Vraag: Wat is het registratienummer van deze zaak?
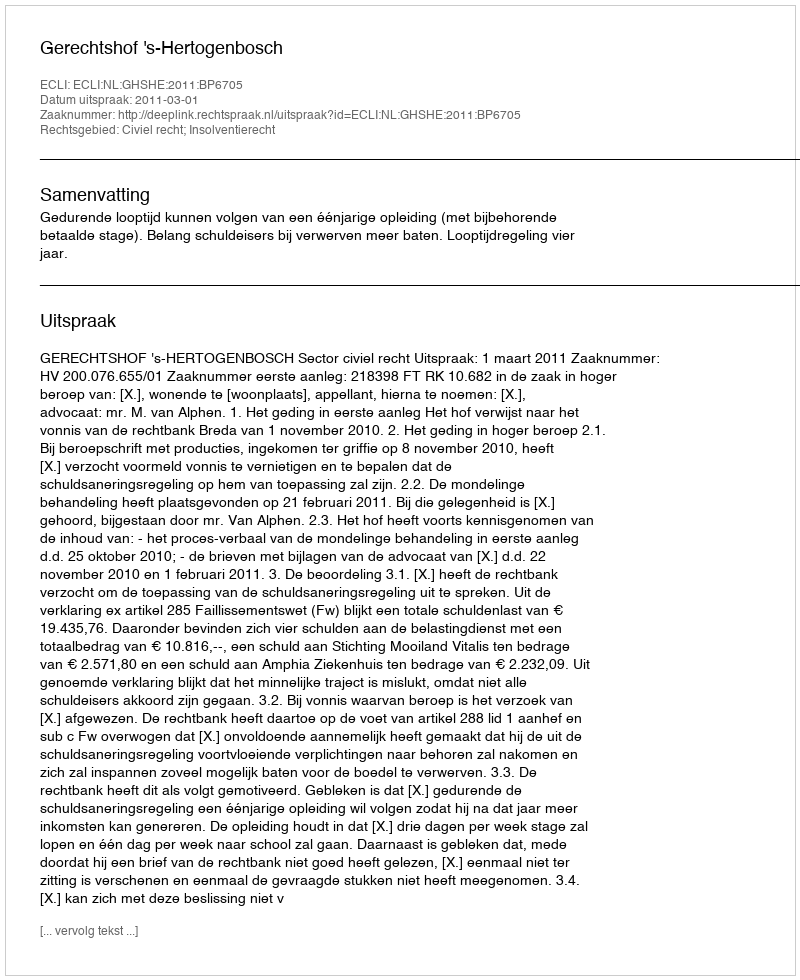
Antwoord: http://deeplink.rechtspraak.nl/uitspraak?id=ECLI:NL:GHSHE:2011:BP6705